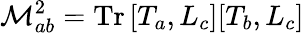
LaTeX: \mathcal{M}_{ab}^{2}=\mathrm{{Tr}}\, [T_{a},L_{c}][T_{b},L_{c}]